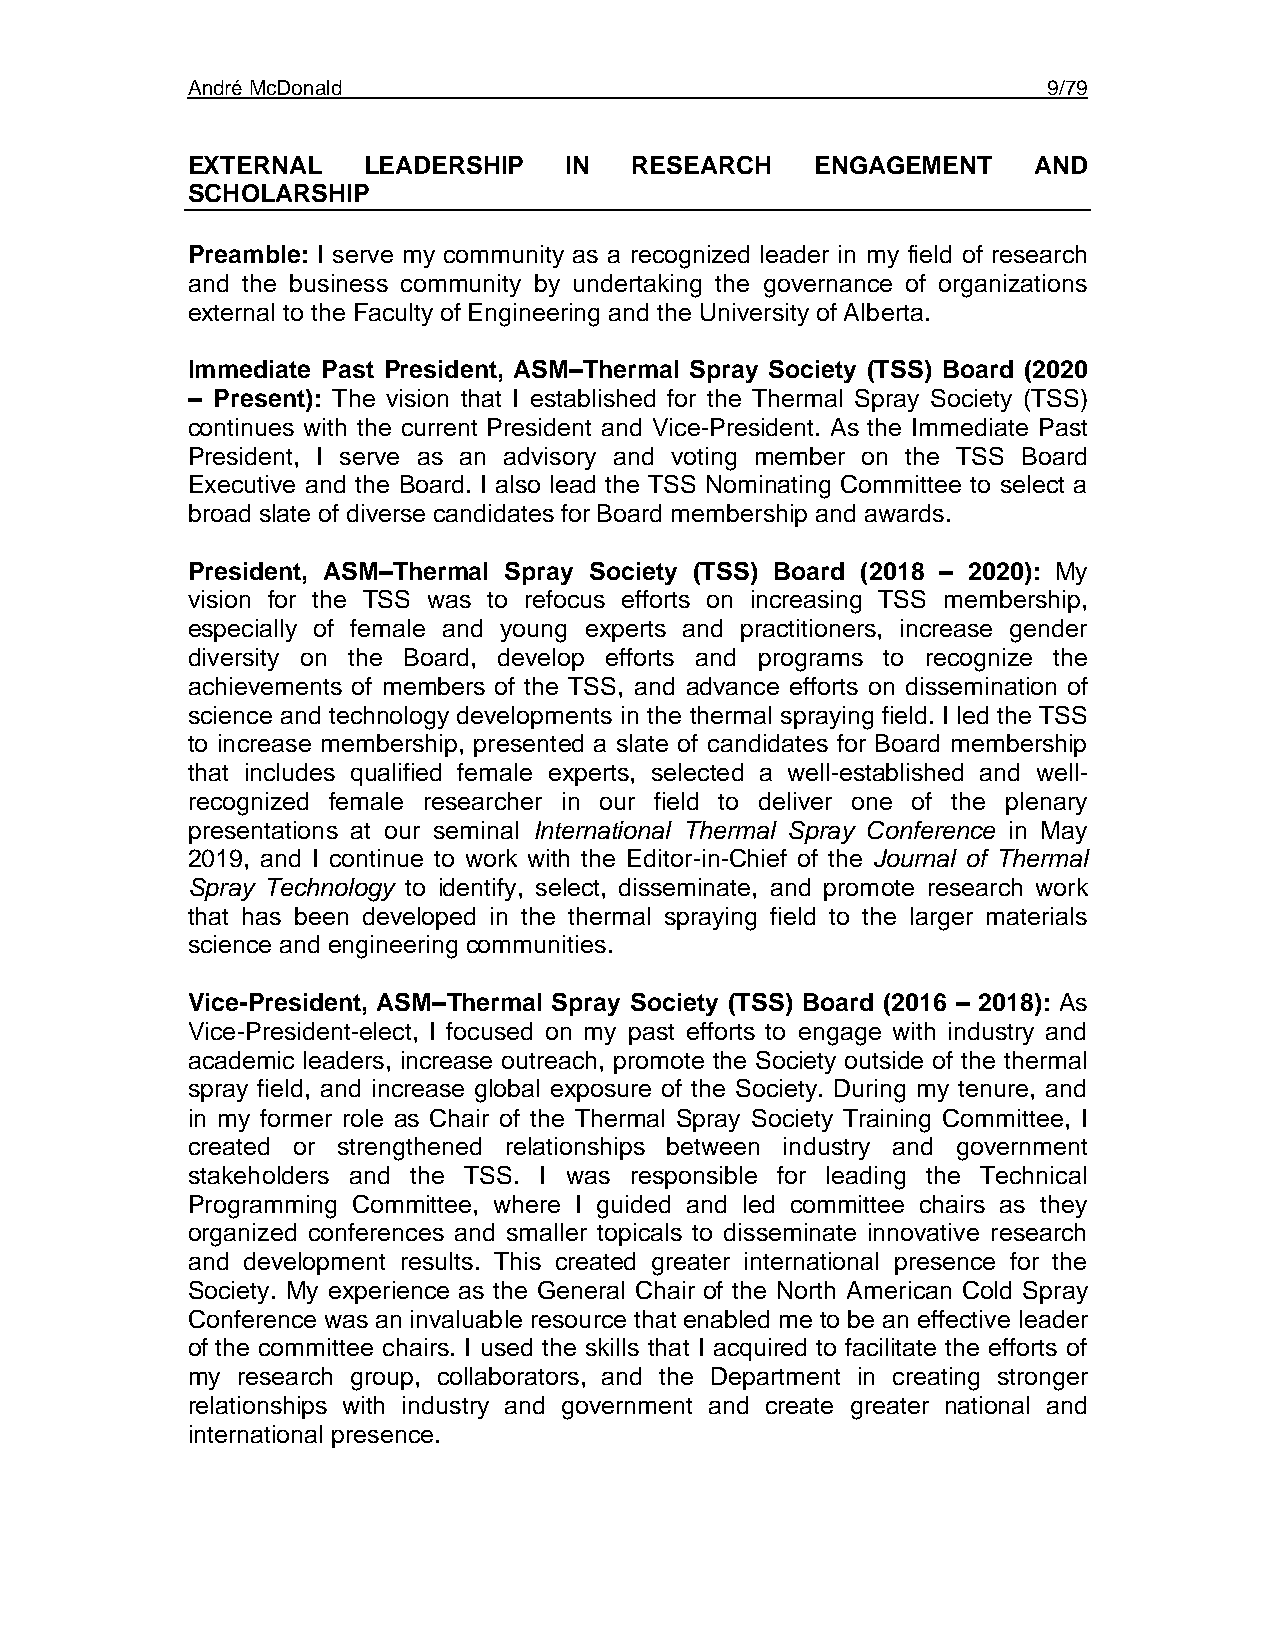
André McDonald                                           9/79
 EXTERNAL    LEADERSHIP   IN   RESEARCH    ENGAGEMENT    AND
 SCHOLARSHIP
 Preamble: I serve my community as a recognized leader in my field of research
 and the business community by undertaking the governance of organizations
 external to the Faculty of Engineering and the University of Alberta.
 Immediate Past President, ASM–Thermal Spray Society (TSS) Board (2020
 – Present): The vision that I established for the Thermal Spray Society (TSS)
 continues with the current President and Vice-President. As the Immediate Past
 President, I serve as an advisory and voting member on the TSS Board
 Executive and the Board. I also lead the TSS Nominating Committee to select a
 broad slate of diverse candidates for Board membership and awards.
 President, ASM–Thermal Spray Society (TSS) Board (2018 – 2020): My
 vision for the TSS was to refocus efforts on increasing TSS membership,
 especially of female and young experts and practitioners, increase gender
 diversity on the Board, develop efforts and programs to recognize the
 achievements of members of the TSS, and advance efforts on dissemination of
 science and technology developments in the thermal spraying field. I led the TSS
 to increase membership, presented a slate of candidates for Board membership
 that includes qualified female experts, selected a well-established and well-
 recognized female researcher in our field to deliver one of the plenary
 presentations at our seminal International Thermal Spray Conference in May
 2019, and I continue to work with the Editor-in-Chief of the Journal of Thermal
 Spray Technology to identify, select, disseminate, and promote research work
 that has been developed in the thermal spraying field to the larger materials
 science and engineering communities.
 Vice-President, ASM–Thermal Spray Society (TSS) Board (2016 – 2018): As
 Vice-President-elect, I focused on my past efforts to engage with industry and
 academic leaders, increase outreach, promote the Society outside of the thermal
 spray field, and increase global exposure of the Society. During my tenure, and
 in my former role as Chair of the Thermal Spray Society Training Committee, I
 created or strengthened relationships between industry and government
 stakeholders and the TSS. I was responsible for leading the Technical
 Programming Committee, where I guided and led committee chairs as they
 organized conferences and smaller topicals to disseminate innovative research
 and development results. This created greater international presence for the
 Society. My experience as the General Chair of the North American Cold Spray
 Conference was an invaluable resource that enabled me to be an effective leader
 of the committee chairs. I used the skills that I acquired to facilitate the efforts of
 my  research group, collaborators, and the Department in creating stronger
 relationships with industry and government and create greater national and
 international presence.